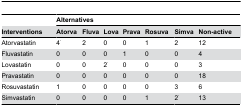
|  | <COLSPAN=7> Alternatives |
 | Interventions | Atorva | Fluva | Lova | Prava | Rosuva | Simva | Non-active |
 | --- | --- | --- | --- | --- | --- | --- | --- |
 | Atorvastatin | 4* | 2 | 0 | 0 | 1 | 2 | 12 |
 | Fluvastatin | 0 | 0 | 0 | 1 | 0 | 0 | 4 |
 | Lovastatin | 0 | 0 | 2* | 0 | 0 | 0 | 3 |
 | Pravastatin | 0 | 0 | 0 | 0 | 0 | 0 | 18 |
 | Rosuvastatin | 1 | 0 | 0 | 0 | 0 | 3 | 6 |
 | Simvastatin | 0 | 0 | 0 | 0 | 1 | 2* | 13 |